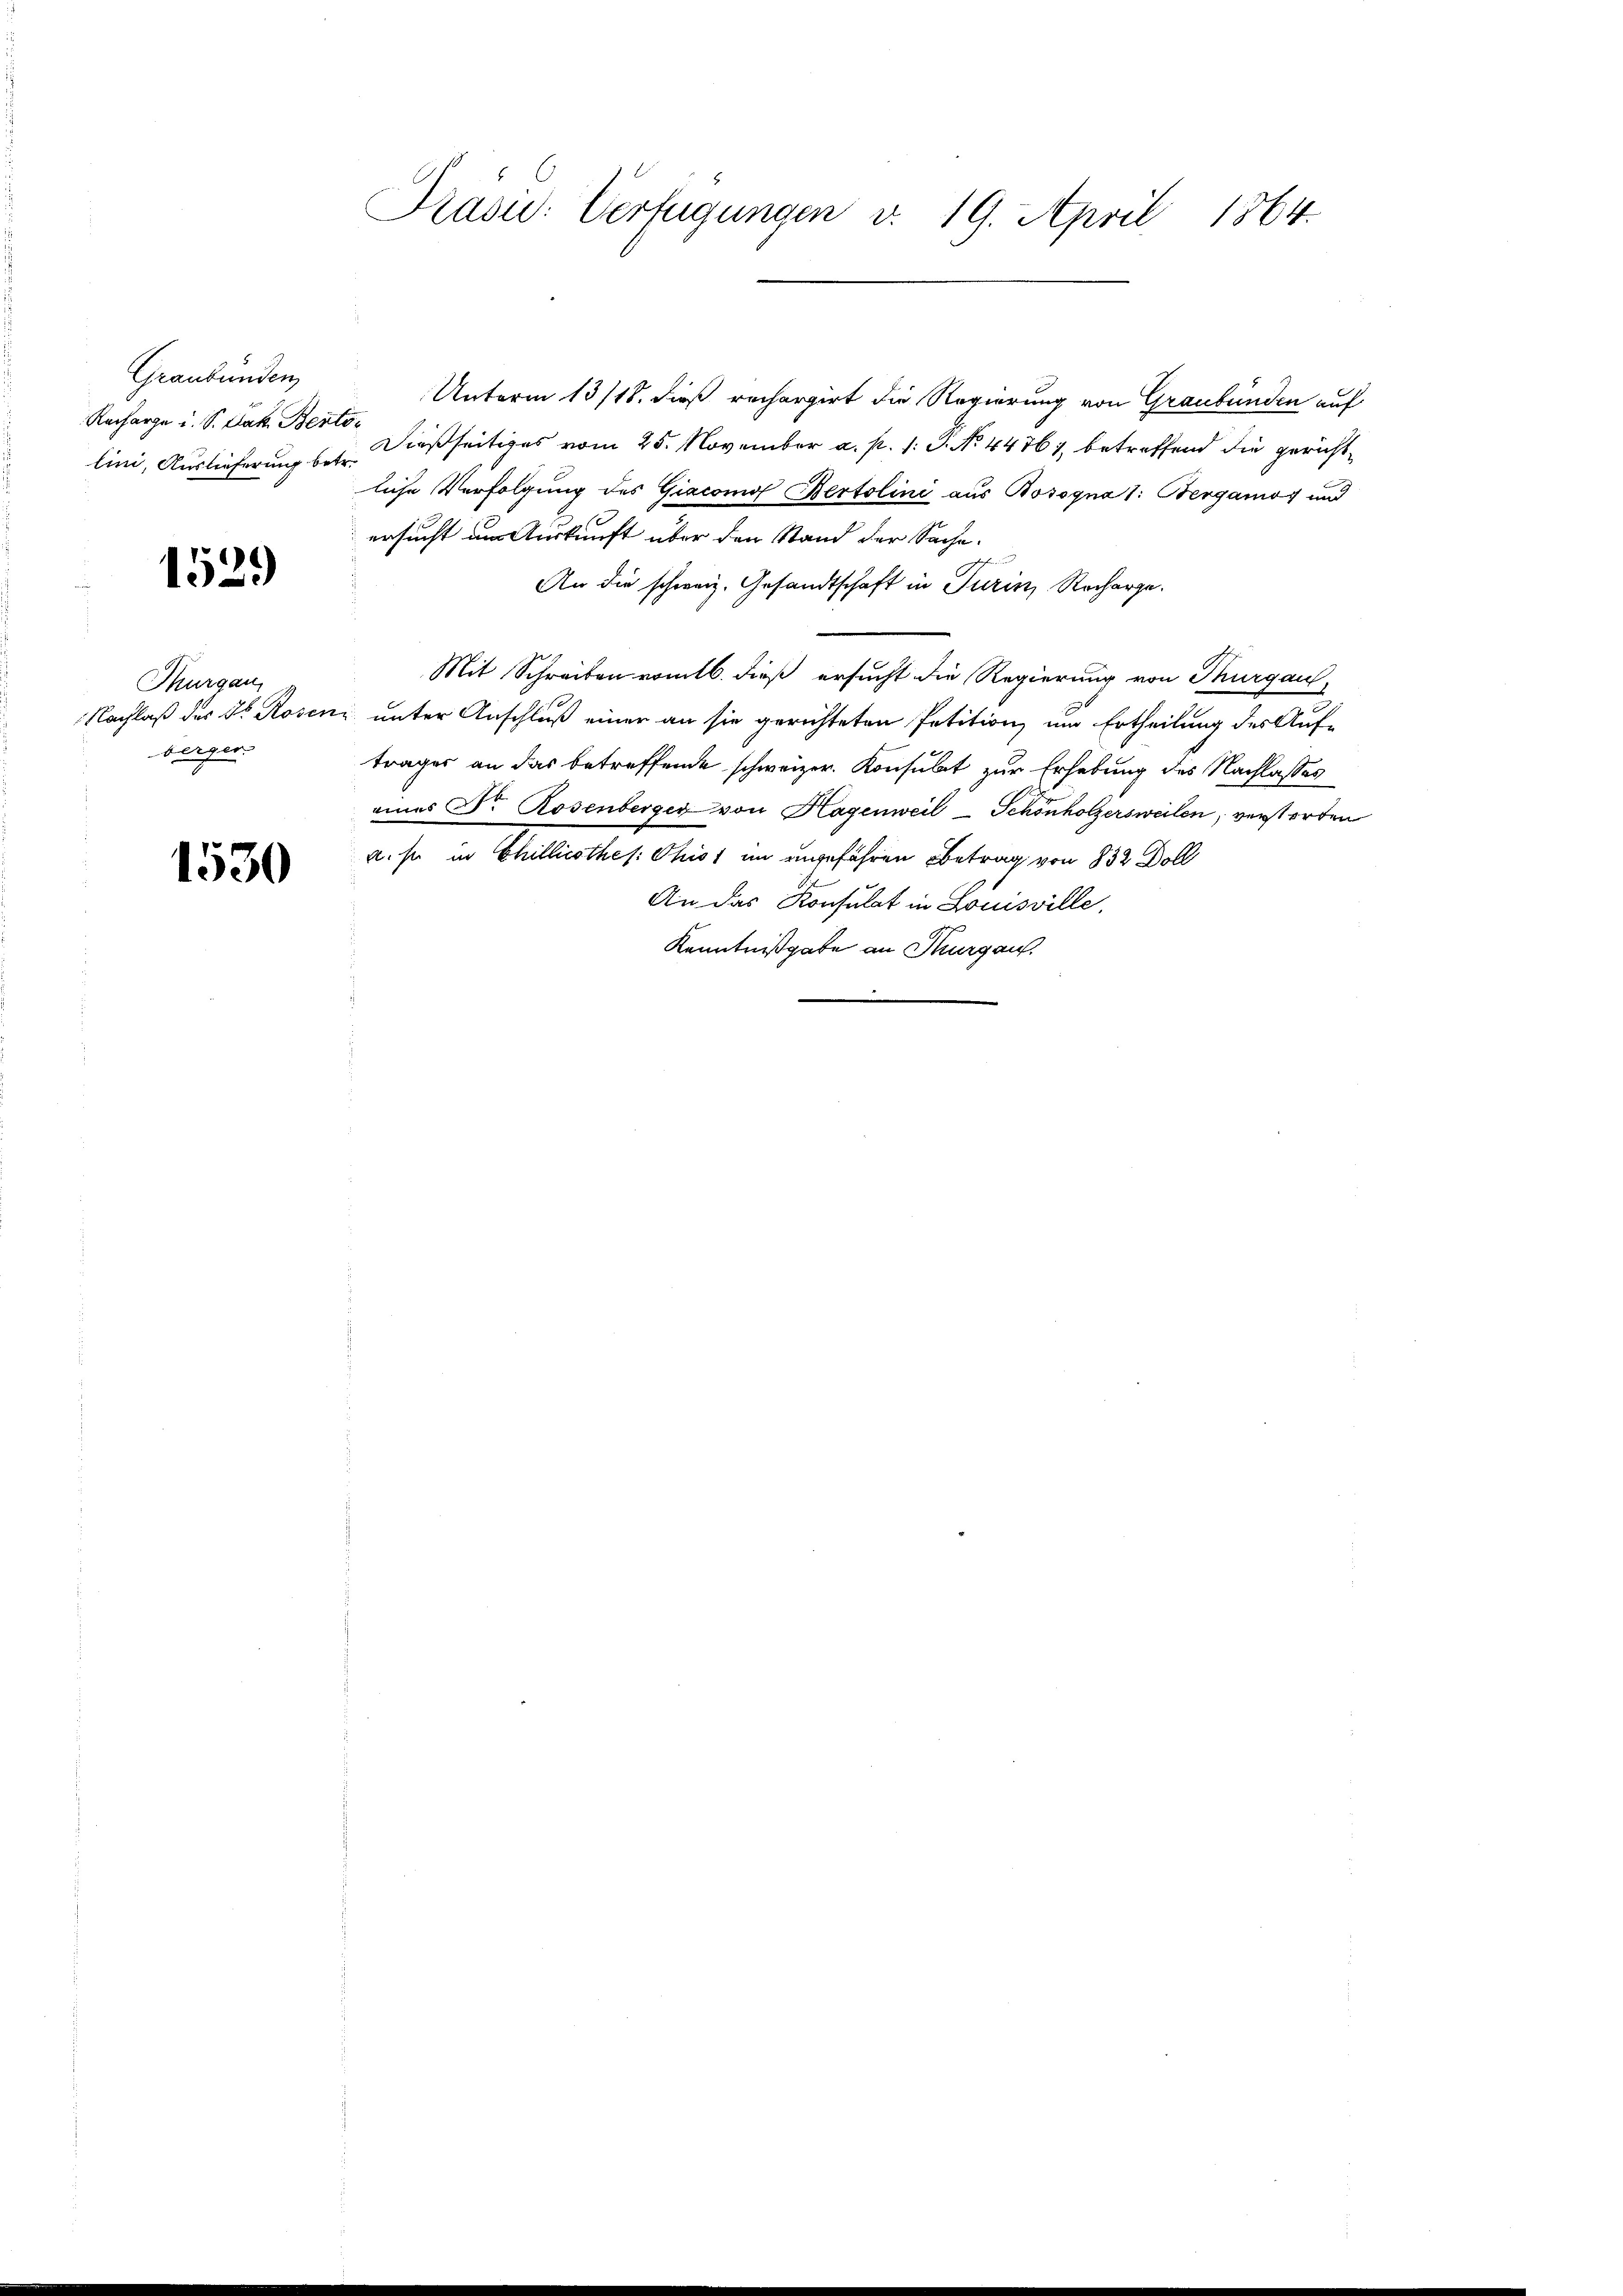
Graubünden
Racharge u. S. Jak. Ber
lini, Auslieferung be-

1529

Thurgau,
Nachlaß des Dr. Rosen
berger

1530

Präsid: Verfügungen v. 19. April 1864.

Unterm 13/18. dieß rechargirt die Regierung von Graubünden auf
6
dießseitiges vom 25. November a. p. 1. P. No. 44761, betreffend die gerichtliche Verfolgung des Giacomof Bertolini aus Bosogna 1: Bergamos und
ersucht um Auskunft über den Stand der Sache.
An die schweiz. Gesandtschaft in Turin, Recharge.
Mit Schreiben vom 16. dieß ersucht die Regierung von Thurgau,
u unter Anschluß einer an sie gerichteten Petition um Ertheilung des Auf-
trages an das betreffende schweizer. Konsulat zur Erhebung des Nachlasses
eines Dr Rosenberger von Hagenweil Schönholzersweilen, verstorben
a. so in Chilliothes Christ im angeführen Betrag von 832 Doll
An das Konsulat in Louisville.
Kenntnißgabe an Thurgau.